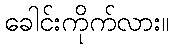
ခေါင်းကိုက်လား။